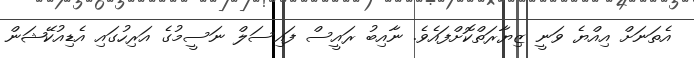
އެތަނަށް އިއްޔެ ވަނީ ޒިޔާރަތްކޮށްފައެވެ. ނާއިބު ރައީސް ފައިސަލް ނަސީމުގެ އަރިހުގައި އެޑިއުކޭޝަން